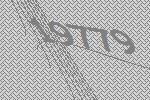
19779